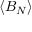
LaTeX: \langle B _ { N } \rangle